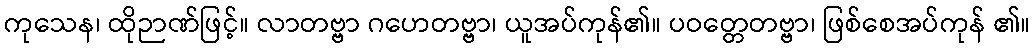
ကုသေန၊ ထိုဉာဏ်ဖြင့်။ လာတဗ္ဗာ ဂဟေတဗ္ဗာ၊ ယူအပ်ကုန်၏။ ပဝတ္တေတဗ္ဗာ၊ ဖြစ်စေအပ်ကုန် ၏။